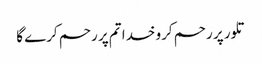
تلور پر رحم کرو خدا تم پر رحم کرے گا